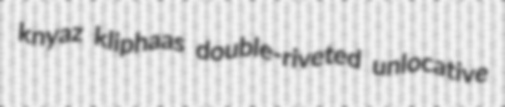
knyaz kliphaas double-riveted unlocative